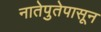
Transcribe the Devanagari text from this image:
नातेपुतेपासून